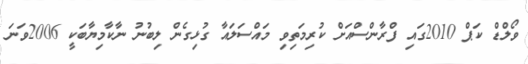
ވޯލްޑް ކަޕް 2010ގައި ފްރާންސްއަށް ކުރިމަތިވި މައްސަލައާ ގުޅިގެން ލިބުނު ނާކާމިޔާބަކީ 2006ވަނަ